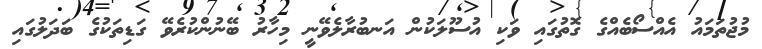
މުޖުތަމައު އެއްސޯބެއްގެ ގޮތުގައި ވަކި އުސޫލަކުން އަނބުރާލެވޭނީ މިހާރު ބޭނުންކުރެވޭ ގަޑިތަކުގެ ބަދަލުގައި